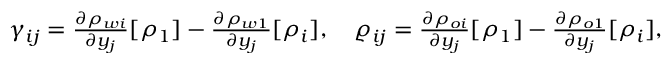
\begin{array} { r l } & { \gamma _ { i j } = \frac { \partial \rho _ { w i } } { \partial y _ { j } } [ \rho _ { 1 } ] - \frac { \partial \rho _ { w 1 } } { \partial y _ { j } } [ \rho _ { i } ] , \quad \varrho _ { i j } = \frac { \partial \rho _ { o i } } { \partial y _ { j } } [ \rho _ { 1 } ] - \frac { \partial \rho _ { o 1 } } { \partial y _ { j } } [ \rho _ { i } ] , } \end{array}